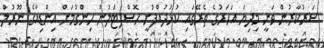
ސަރުކާރުން ވަނީ މިދިޔަ އަހަރުގެ ތެރޭގައި ކުޅުދުއްފުށީ ހޮސްޕިޓަލުން ހިންގުމަށް އިންޑިއާގެ ނޫރުލް